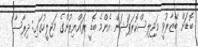
ބޮޑަށް ބޭޒާރުވީ މަޖިލިސްކޮރަޕްޝަން އެންމެ ބޮޑީ ރައްޔިތުންގެ މަޖިލީހުގައި: ދިރާސާ